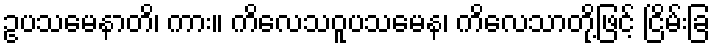
ဥပသမေနာတိ၊ ကား။ ကိလေသဝူပသမေန၊ ကိလေသာတို့ဖြင့် ငြိမ်းခြ